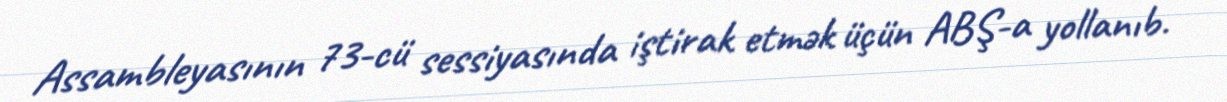
Assambleyasının 73-cü sessiyasında iştirak etmək üçün ABŞ-a yollanıb.